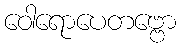
ဝေါရောပေတဗ္ဗော